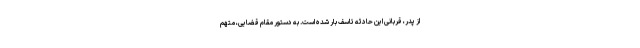
از پدر، قربانی این حادثه تاسف بار شده است. به دستور مقام قضایی، متهم